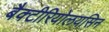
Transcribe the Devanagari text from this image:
बैक्टीरियोलयसिन